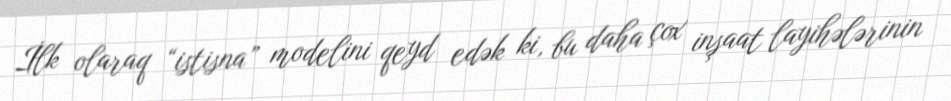
İlk olaraq “istisna” modelini qeyd edək ki, bu daha çox inşaat layihələrinin